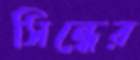
সিন্ধের